Vaccination United Provinces of Agra and Oudh 1902-1913 - 1902-1913
Year: 1902
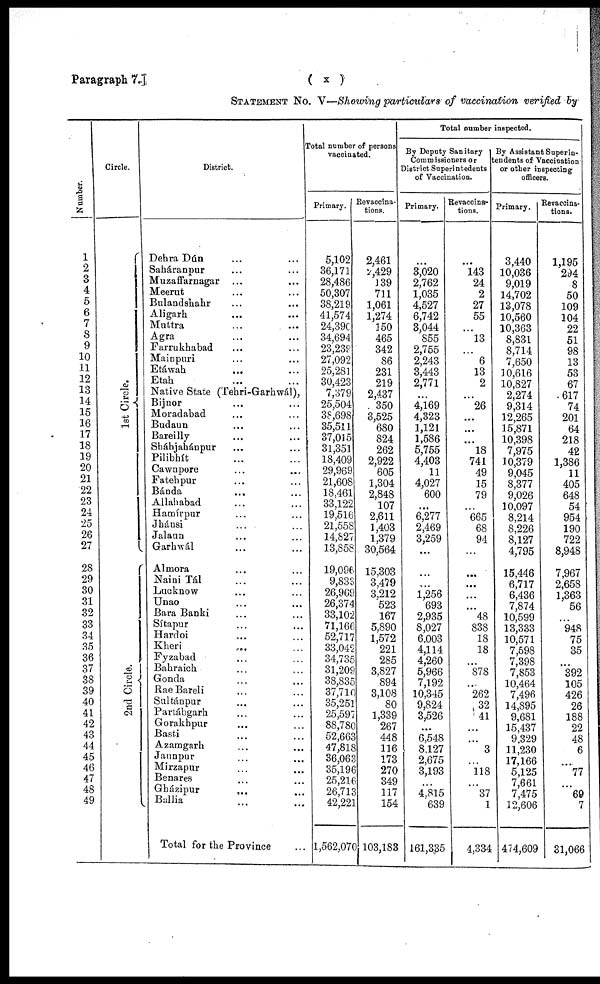
Paragraph 7.]
( x )
STATEMENT No. V—Showing particulars of vaccination verified by
Number.
1
2
3
4
5
6
7
8
9
10
11
12
13
14
15
16
17
18
19
20
21
22
23
24
25
26
27
28
29
30
31
32
33
34
35
36
37
38
39
40
41
42
43
44
45
46
47
48
49
Circle.
1st Circle.
2nd Circle.
District.
Dehra Dún ... ...
Saháranpur ... ...
Muzaffarnagar ... ...
Meerut ... ...
Bulandshahr ... ...
Aligarh ... ...
Muttra ... ...
Agra ... ...
Farrukhabad ... ...
Mainpuri ... ...
Etáwah ... ...
Etah ... ...
Native State (Tehri-Garhwál),
Bijnor ... ...
Moradabad ... ...
Budaun ... ...
Bareilly ... ...
Sháhjahánpur ... ...
Pilibhít ... ...
Cawnpore ... ...
Fatehpur ... ...
Bánda ... ...
Allahabad ... ...
Hamírpur ... ...
Jhánsi ... ...
Jalaun ... ...
Garhwál ... ...
Almora ... ...
Naini Tál ... ...
Lucknow ... ...
Unao ... ...
Bara Banki ... ...
Sítapur ... ...
Hardoi ... ...
Kheri
...
...
Fyzabad ... ...
Bahraich ... ...
Gonda ... ...
Rae Bareli ... ...
Sultánpur ... ...
Partábgarh ... ...
Gorakhpur ... ...
Basti
...
...
Azamgarh ... ...
Jaunpur ... ...
Mirzapur ... ...
Benares ... ...
Gházipur ... ...
Ballia
...
...
Total for the Province ...
Total number of persons
vaccinated.
Primary.
5,102
36,171
28,486
50,307
38,219
41,574
24,390
34,694
23,239
27,092
25,281
30,423
7,379
25,504
38,698
35,511
37,015
31,351
18,409
29,969
21,608
18,461
33,122
19,516
21,558
14,827
13,858
19,096
9,833
26,969
26,374
33,102
71,166
52,717
33,042
34,735
31,209
38,835
37,710
35,251
25,597
88,780
52,663
47,818
36,063
35,196
25,216
26,713
42,221
1,562,070
Revaccina-
tions.
2,461
2,429
139
711
1,061
1,274
150
465
342
86
231
219
2,437
350
3,525
680
824
262
2,922
605
1,304
2,848
107
2,611
1,403
1,379
30,564
15,303
3,479
3,212
523
167
5,890
1,572
221
285
3,827
894
3,108
80
1,339
267
448
116
173
270
349
117
154
103,183
Total number inspected.
By Deputy Sanitary
Commissioners or
District Superintedents
of Vaccination.
Primary.
...
3,020
2,762
1,035
4,527
6,742
3,044
855
2,755
2,243
3,443
2,771
...
4,169
4,323
1,121
1,586
5,755
4,403
11
4,027
600
...
6,277
2,469
3,259
...
...
...
1,256
693
2,935
8,027
6,003
4,114
4,260
5,966
7,192
10,345
9,824
3,526
...
6,548
8,127
2,675
3,193
...
4,815
639
161,335
Revaccina-
tions.
...
143
24
2
27
55
...
13
...
6
13
2
...
26
...
...
...
18
741
49
15
79
...
665
68
94
...
...
...
...
...
48
838
18
18
...
878
...
262
32
41
...
...
3
...
118
...
37
1
4,334
By Assistant Superin-
tendents of Vaccination
or other inspecting
officers.
Primary.
3,440
10,036
9,019
14,702
13,078
10,560
10,363
8,831
8,714
7,650
10,616
10,827
2,274
9,314
12,265
15,871
10,398
7,975
10,379
9,045
8,377
9,026
10,097
8,214
8,226
8,127
4,795
15,446
6,717
6,436
7,874
10,599
13,333
10,571
7,598
7,398
7,853
10,464
7,496
14,895
9,681
15,437
9,329
11,230
17,166
5,125
7,661
7,475
12,606
474,609
Revaccina-
tions.
1,195
294
8
50
109
104
22
51
98
13
53
67
617
74
201
64
218
42
1,386
11
405
648
54
954
190
722
8,948
7,967
2,658
1,363
56
...
948
75
35
...
392
105
426
26
188
22
48
6
...
77
...
69
7
31,066